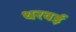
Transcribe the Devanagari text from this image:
थरवई